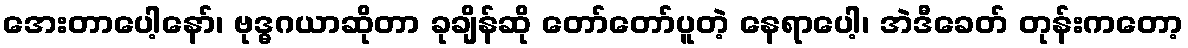
အေးတာပေါ့နော်၊ ဗုဒ္ဓဂယာဆိုတာ ခုချိန်ဆို တော်တော်ပူတဲ့ နေရာပေါ့၊ အဲဒီခေတ် တုန်းကတော့